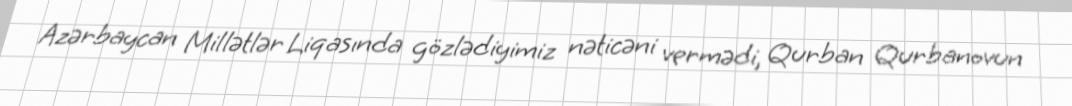
Azərbaycan Millətlər Liqasında gözlədiyimiz nəticəni vermədi, Qurban Qurbanovun